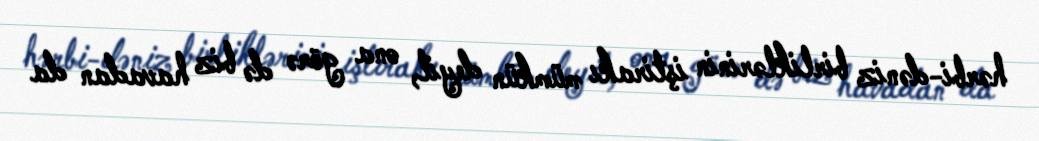
hərbi-dəniz birliklərinin iştirakı mümkün deyil, ona görə də biz havadan da